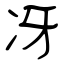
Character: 冴